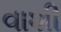
વાશી